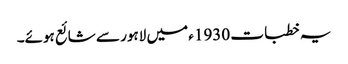
یہ خطبات 1930ء میں لاہور سے شائع ہوئے۔